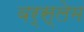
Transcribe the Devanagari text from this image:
बर्स्लेम